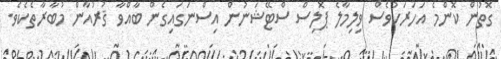
ގޮތުން ކޮންމެ އަހަރަކުވެސް ވިލިމާލެ ޕޮލިސް ސްޓޭޝަނުން އިސްނަގައިގެން ބާއްވާ ޤުރުއާން މުބާރާތެކެވެ.